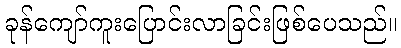
ခုန်ကျော်ကူးပြောင်းလာခြင်းဖြစ်ပေသည်။